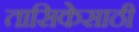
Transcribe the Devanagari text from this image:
तासिकेसाठी